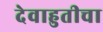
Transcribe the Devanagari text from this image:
देवाहुतीचा